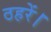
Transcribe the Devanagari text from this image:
ठहरें।